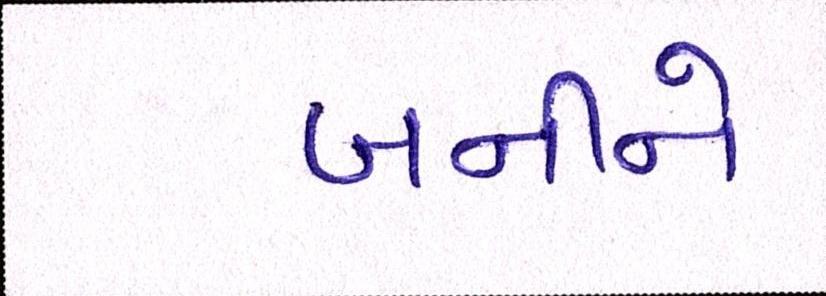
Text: બનીને